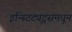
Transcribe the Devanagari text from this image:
इन्स्टिट्यूट्समधून